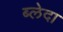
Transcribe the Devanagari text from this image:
ब्लेदा